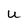
Character: U